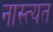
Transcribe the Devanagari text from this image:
नास्त्यत